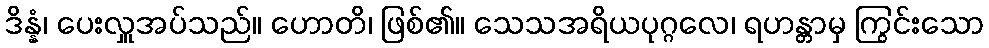
ဒိန္နံ၊ ပေးလှူအပ်သည်။ ဟောတိ၊ ဖြစ်၏။ သေသအရိယပုဂ္ဂလေ၊ ရဟန္တာမှ ကြွင်းသော